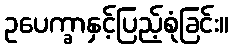
ဥပေက္ခာနှင့်ပြည့်စုံခြင်း။